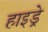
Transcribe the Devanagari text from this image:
हाइड्रे